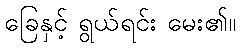
ခြေနှင့် ရွယ်ရင်း မေး၏။